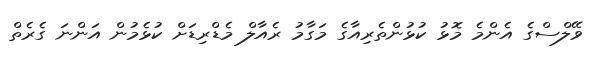
ވޭލްސްގެ އެންމެ މޮޅު ކުޅުންތެރިއާގެ މަގާމު ރެއާލް މެޑްރިޑަށް ކުޅެމުން އަންނަ ގެރެތް